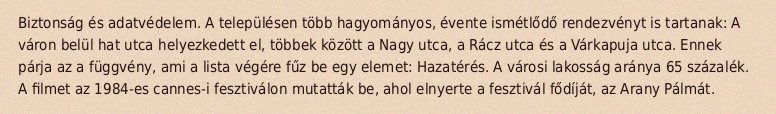
Biztonság és adatvédelem. A településen több hagyományos, évente ismétlődő rendezvényt is tartanak: A váron belül hat utca helyezkedett el, többek között a Nagy utca, a Rácz utca és a Várkapuja utca. Ennek párja az a függvény, ami a lista végére fűz be egy elemet: Hazatérés. A városi lakosság aránya 65 százalék. A filmet az 1984-es cannes-i fesztiválon mutatták be, ahol elnyerte a fesztivál fődíját, az Arany Pálmát.